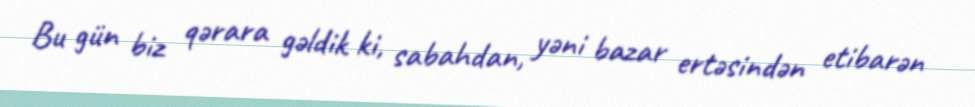
Bu gün biz qərara gəldik ki, sabahdan, yəni bazar ertəsindən etibarən